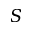
S